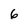
Character: 6